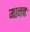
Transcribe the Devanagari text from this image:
मानवः